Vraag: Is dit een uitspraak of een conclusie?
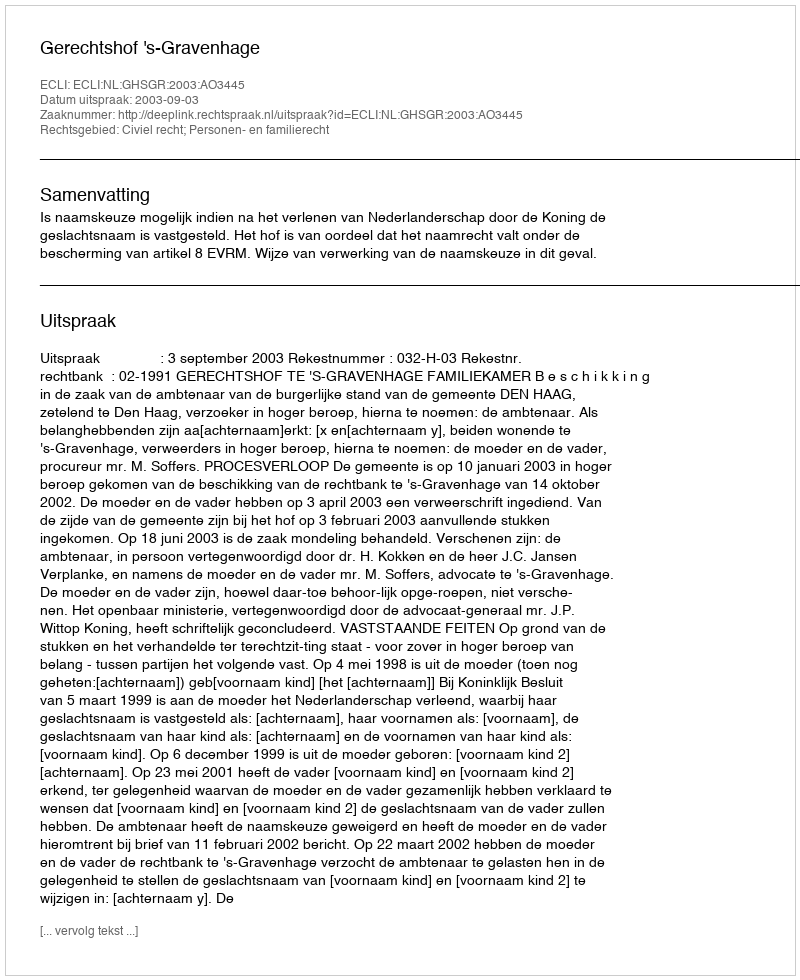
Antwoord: Uitspraak